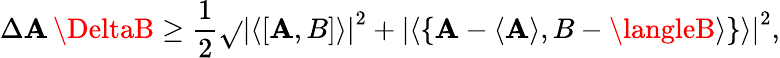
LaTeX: \Delta\mathbf{A}\, \DeltaB\geq{\frac{{1}}{{2}}}{\sqrt{}{{\left|\left\langle\left[{\mathbf{A}},{B}\right]\right\rangle\right|^{2}+\left|\left\langle\left\{ \mathbf{A}-\langle\mathbf{A}\rangle,B-\langleB\rangle\right\} \right\rangle\right|^{2}}}},